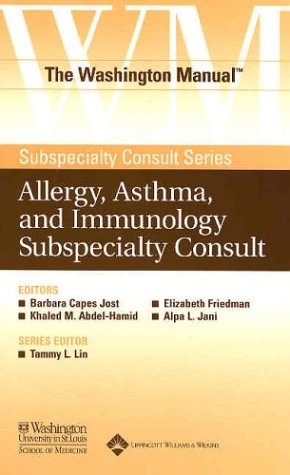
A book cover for The Washington ManualÂ® Allergy, Asthma, and Immunology Subspecialty Consult (The Washington ManualÂ® Subspecialty Consult Series); Washington University School of Medicine Department of Medicine; Health, Fitness & Dieting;